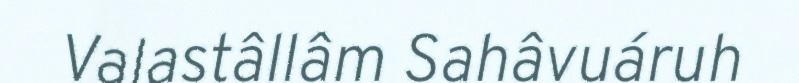
Valastâllâm Sahâvuáruh